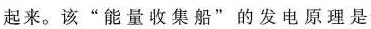
起来。该”能量收集船”的发电原理是